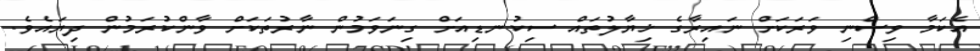
އެކަމާ ވިސްނި ވަރަކަށް ނައިރާގެ ޚިޔާލުތައް ސިކުނޑިއަށް ގިނަވަމުން ނާރުތަކަށް ވާންކުރަމުން ދިޔައެވެ.